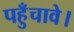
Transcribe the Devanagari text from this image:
पहुँचावे।